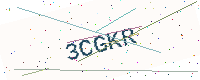
Text: 3CGKR